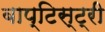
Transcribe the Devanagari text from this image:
बाप्टिस्ट्री